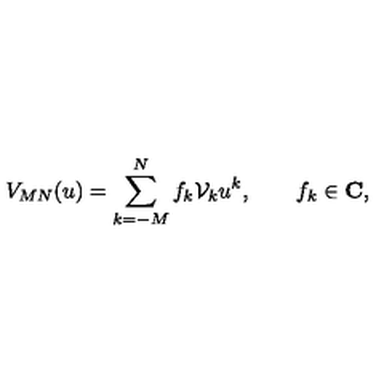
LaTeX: V _ { M N } ( u ) = \sum _ { k = - M } ^ { N } f _ { k } { \cal V } _ { k } u ^ { k } , \qquad f _ { k } \in { \bf C } ,